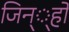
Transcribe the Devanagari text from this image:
जिन््हों